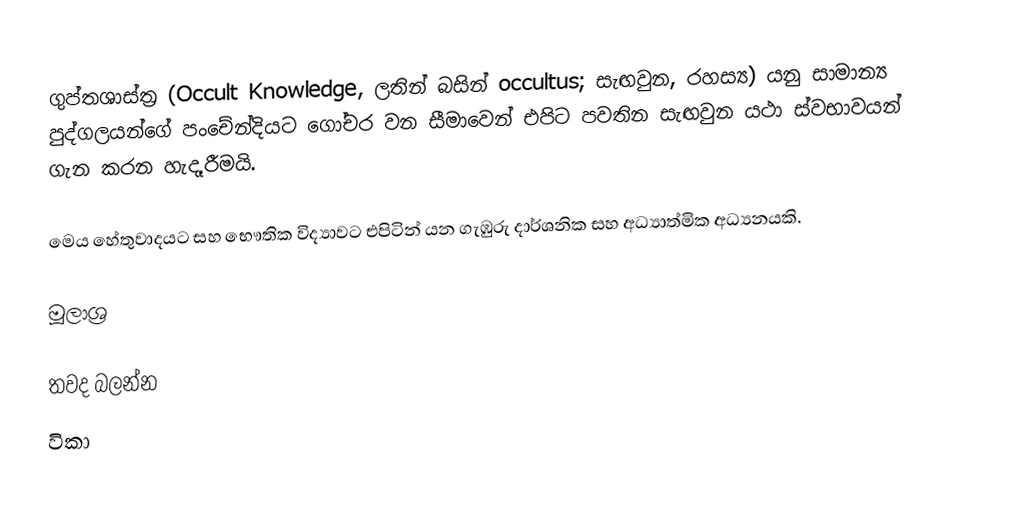
ගුප්තශාස්ත්‍ර (Occult Knowledge, ලතින් බසින් occultus; සැඟවුන, රහස්‍ය) යනු සාමාන්‍ය පුද්ගලයන්ගේ පංචේන්දියට ගෝචර වන සීමාවෙන් එපිට පවතින සැඟවුන යථා ස්වභාවයන් ගැන කරන හැදෑරීමයි.

මෙය හේතුවාදයට සහ භෞතික විද්‍යාවට එපිටින් යන ගැඹුරු දාර්ශනික සහ අධ්‍යාත්මික අධ්‍යනයකි.

මූලාශ්‍ර

තවද බලන්න
විකා